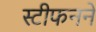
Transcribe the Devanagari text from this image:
स्टीफनने